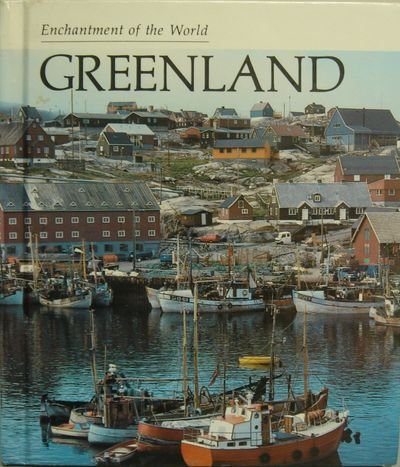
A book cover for Greenland (Enchantment of the World. Second Series); Emilie U. Lepthien; History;